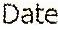
DATE